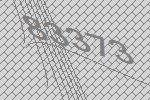
83373